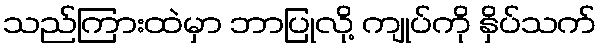
သည်ကြားထဲမှာ ဘာပြုလို့ ကျုပ်ကို နှိပ်သက်